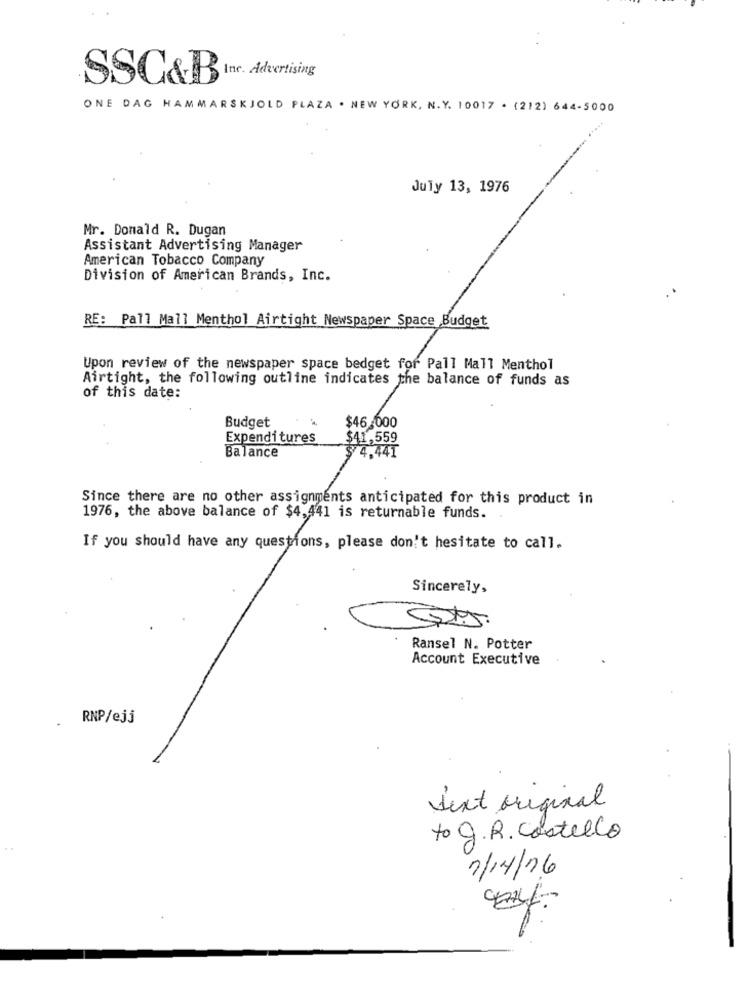
SSC&B Inc. Advertising
ONE DAG HAMMARSKJOLD PLAZA . NEW YORK, N.Y. 10017 . (212) 644-5000
July 13, 1976
Mr. Donald R. Dugan
Assistant Advertising Manager
American Tobacco Company
Division of American Brands, Inc.
RE: Pall Mall Menthol Airtight Newspaper Space Budget
Upon review of the newspaper space bedget for Pall Mall Menthol
Airtight, the following outline indicates the balance of funds as
of this date:
Budget
$46.000
Expenditures
$41,559
$ 4.44T
Balance
Since there are no other assignments anticipated for this product in
1976, the above balance of $4,441 is returnable funds.
If you should have any questions, please don't hesitate to call.
Sincerely,
Ransel N. Potter
Account Executive
RNP/ejj
text original
to g.R. Costello
2/14/16